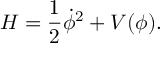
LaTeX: { \cal H } = \frac { 1 } { 2 } { \dot { \phi } } ^ { 2 } + V ( \phi ) .